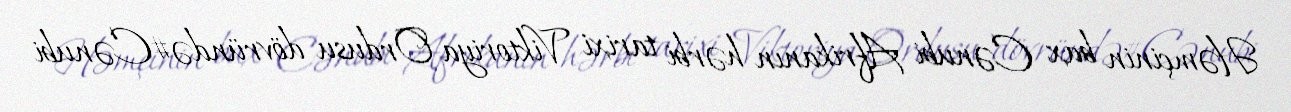
Həmçinin bax Cənubi Afrikanın hərbi tarixi Viktoriya Ordusu dövründə#Cənubi